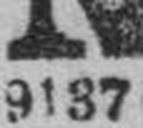
9187